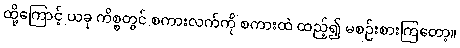
ထို့ကြောင့် ယခု ကိစ္စတွင် စကားလက်ကို စကားထဲ ထည့်၍ မစဉ်းစားကြတော့။